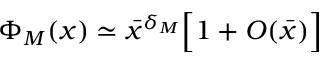
\Phi _ { M } ( x ) \simeq { \bar { x } } ^ { \delta _ { M } } \Big [ 1 + O ( { \bar { x } } ) \Big ]